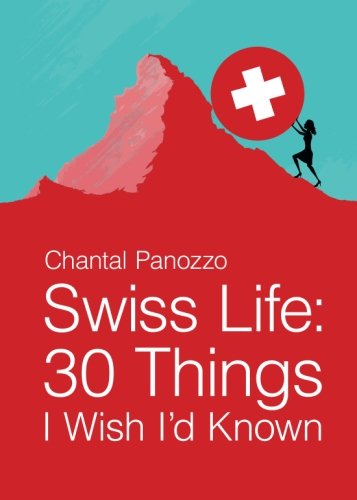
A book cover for Swiss Life: 30 Things I Wish I'd Known; Chantal Panozzo; Humor & Entertainment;